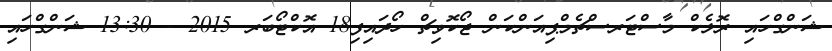
ޝަންގްހައި ރޮލެކް މާސްޓަރސްޗެމްޕިއަންކަން ޖޯކޮވިޗް ހޯދައިފި18 އޮކްޓޯބަރ 2015 - 13:30 ޝަންގްހައި